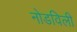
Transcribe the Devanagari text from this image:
नोडविली